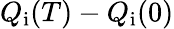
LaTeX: Q_{\mathrm{i}}(T)-Q_{\mathrm{i}}(0)